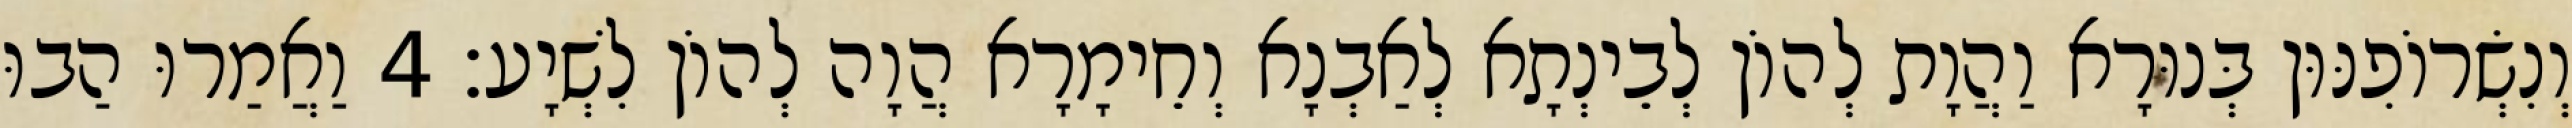
וְנִשְׂרוֹפִנּוּן בְּנוּרָא וַהֲוָת לְהוֹן לְבֵינְתָא לְאַבְנָא וְחֵימָרָא הֲוָה לְהוֹן לִשְׁיָע׃ 4 וַאֲמַרוּ הַבוּ